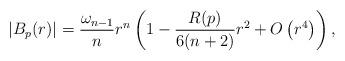
LaTeX: \begin{align*}|B_p(r)|=\frac{\omega_{n-1}}{n} r^{n}\left(1-\frac{R(p)}{6(n+2)} r^{2}+O\left(r^4\right)\right),\end{align*}